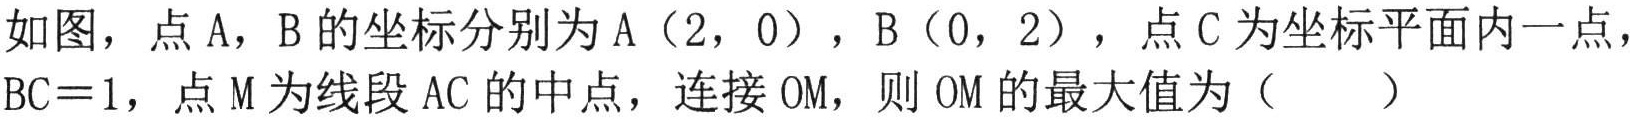
如图，点A，B的坐标分别为A（2，0），B（0，2），点C为坐标平面内一点，
$BC = 1$，点M为线段AC的中点，连接OM，则OM的最大值为（  ）